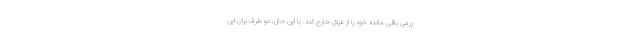
رزمی باقی مانده خود را از عراق خارج کند. با این حال، دو طرف برای این